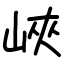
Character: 峽